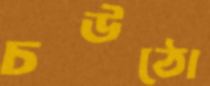
চউঠো